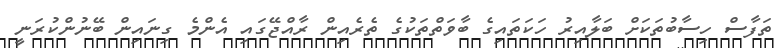
ތަފާސް ހިސާބުތަކަށް ބަލާއިރު ހަކަތައިގެ ބާވަތްތަކުގެ ތެރެއިން ރާއްޖޭގައި އެންމެ ގިނައިން ބޭނުންކުރަނީ